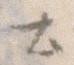
と